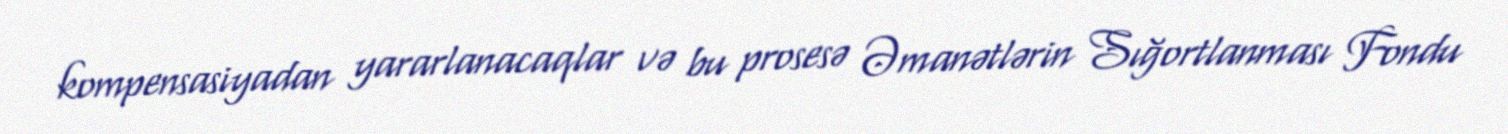
kompensasiyadan yararlanacaqlar və bu prosesə Əmanətlərin Sığortlanması Fondu